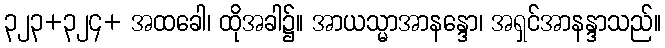
၃၂၃+၃၂၄+ အထခေါ၊ ထိုအခါ၌။ အာယသ္မာအာနန္ဒော၊ အရှင်အာနန္ဒာသည်။